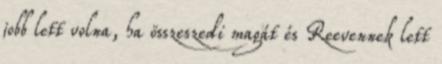
jobb lett volna, ha összeszedi magát és Reevennek lett